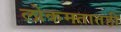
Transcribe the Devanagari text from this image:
लोकमतातही